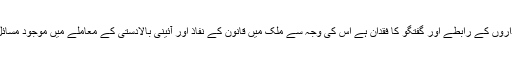
مزید بر آں کہ فوجی اور سویلین اداروں کے رابطے اور گفتگو کا فقدان ہے اس کی وجہ سے ملک میں قانون کے نفاذ اور آئینی بالادستی کے معاملے میں موجود مسائل مزید ابھر کے سامنے آتے ہیں ۔